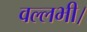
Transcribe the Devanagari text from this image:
वल्लभी।